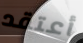
أعتقد